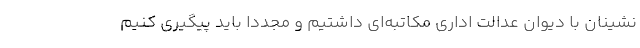
نشینان با دیوان عدالت اداری مکاتبه‌ای داشتیم و مجددا باید پیگیری کنیم